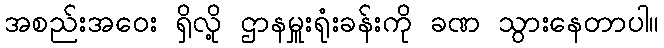
အစည်းအဝေး ရှိလို့ ဌာနမှူးရုံးခန်းကို ခဏ သွားနေတာပါ။